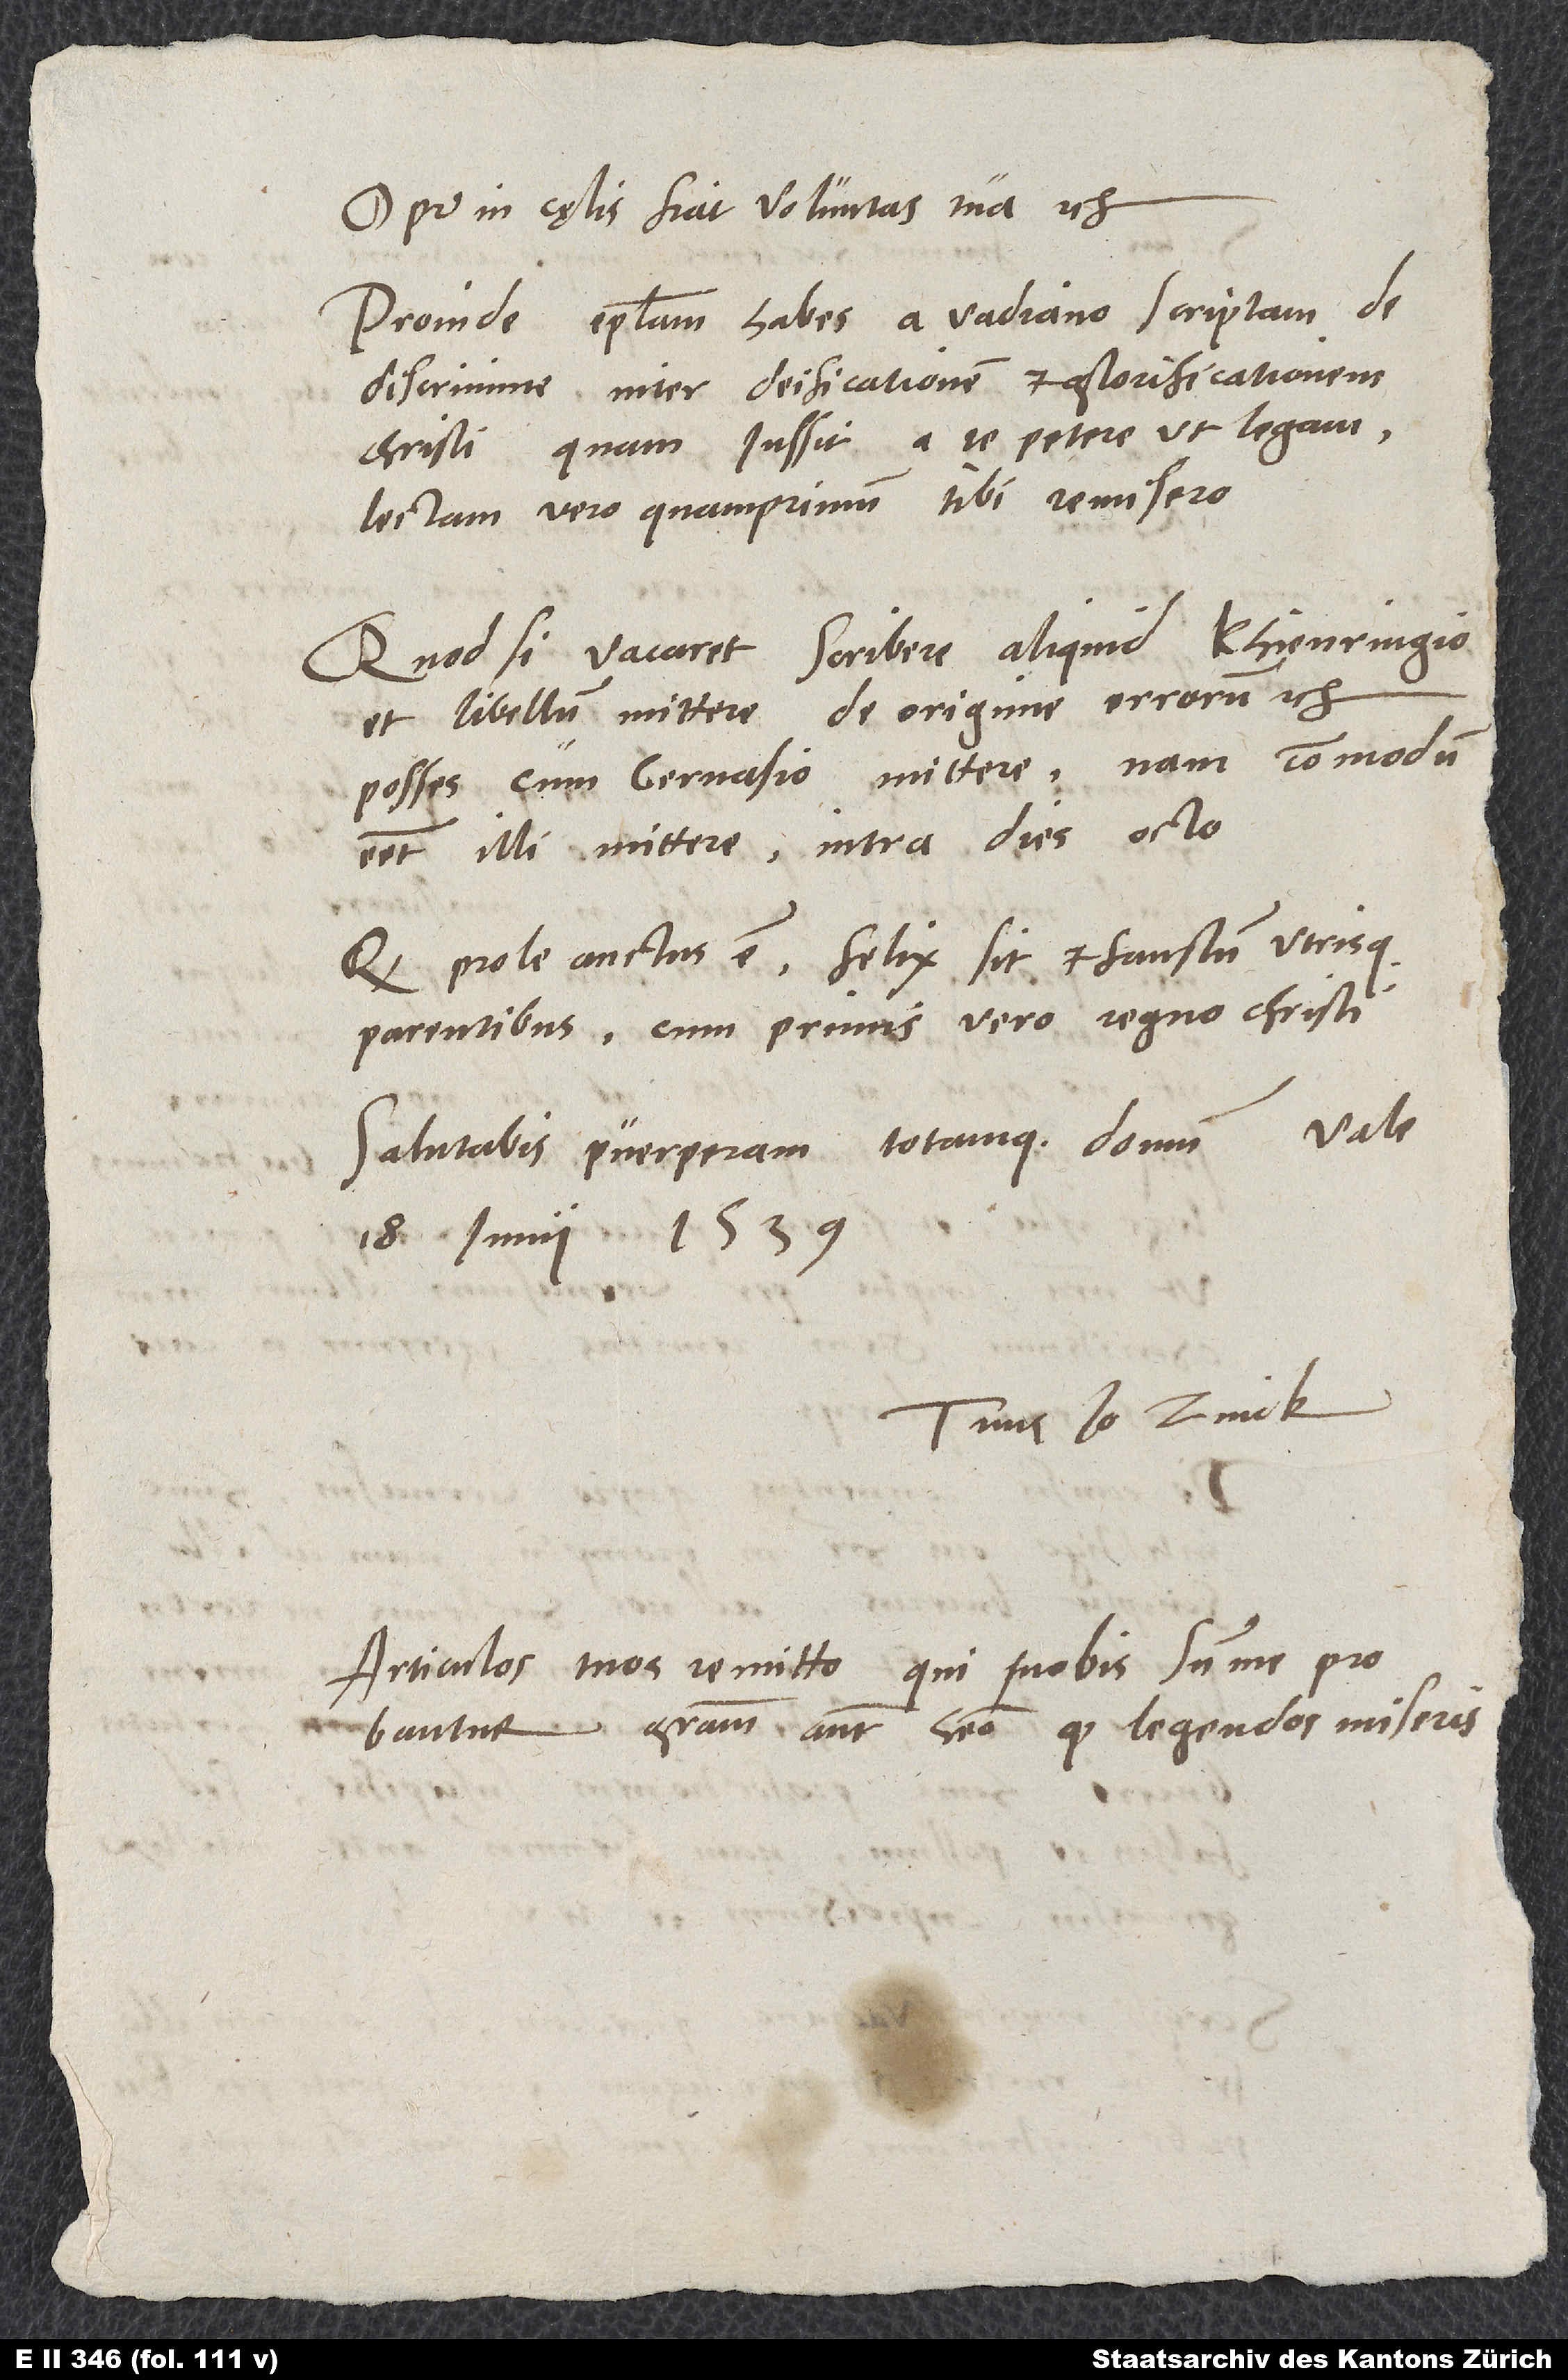
O pater in cęlis, fiat voluntas tua etc.
Proinde epistolam habes a Vadiano scriptam de
discrimine inter deificationem et glorificationem
Christi, quam iussit a te petere, ut legam;
lectam vero quamprimum tibi remisero.
Quodsi vacaret scribere aliquid Khienringio
et libellum mittere De origine errorum etc.,
posses cum Gervasio mittere; nam commodum
esset illi mittere intra dies octo.
Quod prole auctus es, felix sit et faustum utrisque
parentibus, cum primis vero regno Christi.
Salutabis puerperam totamque domum. Vale.
18. iunii 1539.
Tuus Io. Zvick.
Articulos tuos remitto, qui nobis summe probantur;
gratiam autem habeo, quod legendos miseris.